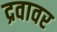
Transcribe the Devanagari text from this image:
द्रवावर